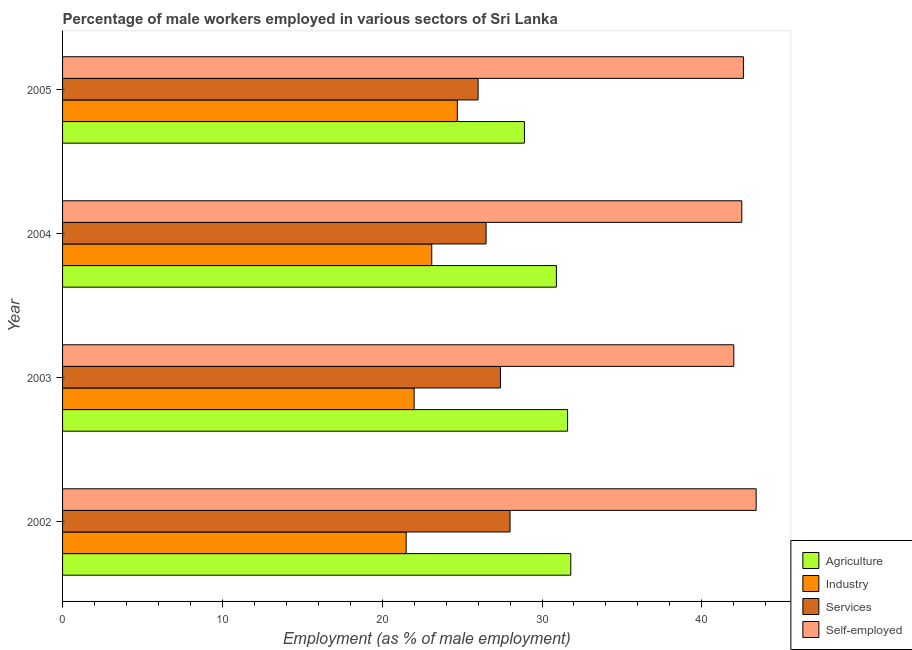
| Year | Agriculture | Industry | Services | Self-employed |
 | --- | --- | --- | --- | --- |
 | 2002 | 31.8 | 21.5 | 28 | 43.4 |
 | 2003 | 31.6 | 22 | 27.4 | 42 |
 | 2004 | 30.9 | 23.1 | 26.5 | 42.5 |
 | 2005 | 28.9 | 24.7 | 26 | 42.6 |